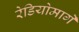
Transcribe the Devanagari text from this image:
रेडियोमार्गे